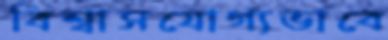
বিশ্বাসযোগ্যভাবে